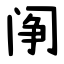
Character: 䦶